Lunatic asylums in Bengal annual reports 1888-1898 - 1888-1898
Year: 1888
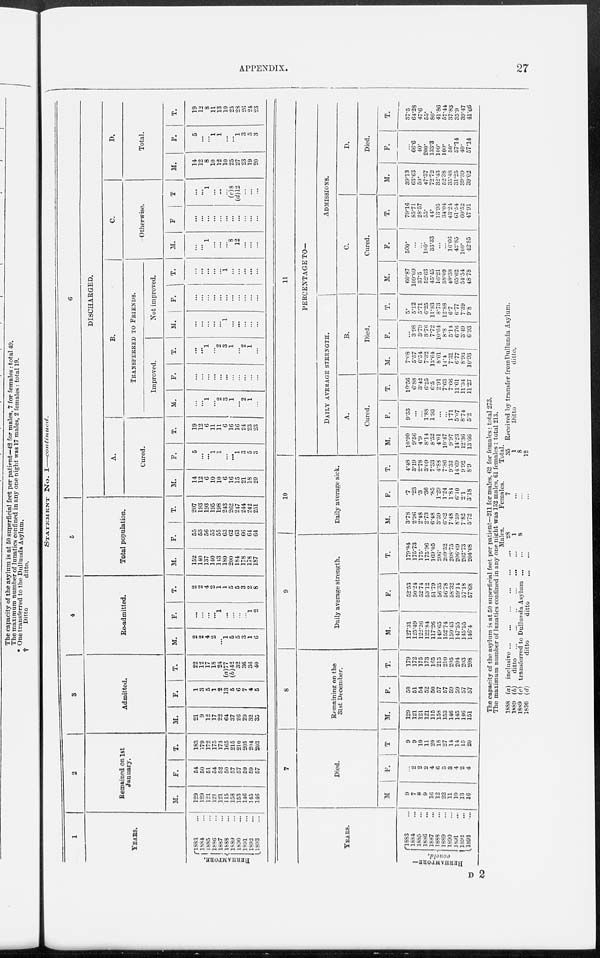
APPENDIX.
27
STATEMENT No. I—continued.
1
YEARS.
BERHAMPORE.
1883 ...
1884 ...
1885 ...
1886 ...
1887 ...
1888 ...
1889 ...
1890 ...
1891 ...
1892 ...
1893 ...
2
Remained on 1st
January.
M.
129
129
121
121
121
115
158
153
146
145
146
F.
54
50
51
54
52
50
57
57
59
59
57
T.
183
179
172
175
173
165
215
210
205
204
203
3
Admitted.
M.
21
9
12
17
22
64
37
26
29
32
35
F.
1
3
5
1
2
13
5
6
7
4
5
T.
22
12
17
18
24
(a)77
(b)42
32
36
36
40
4
Re-admitted.
M.
2
2
4
2
...
1
5
5
3
1
6
F.
...
...
...
...
1
...
...
...
...
1
2
T.
2
2
4
2
1
1
5
5
3
2
8
5
Total population.
M.
152
140
137
140
143
180
200
184
178
178
187
F.
55
53
56
55
55
63
62
63
66
64
64
T.
207
193
193
195
198
243
262
247
244
242
251
6
DISCHARGED.
A.
Cured.
M.
14
12
6
10
10
6
16
15
21
18
20
F.
5
...
...
1
1
...
...
1
3
5
3
T.
19
12
6
11
11
6
16
16
24
23
23
B.
TRANSFERRED TO FRIENDS.
Improved.
M.
...
...
1
...
2
3
1
...
2
1
...
F.
...
...
...
...
...
...
...
...
...
...
...
T.
...
...
1
...
2
3
1
...
2
1
...
Not improved.
M.
...
...
...
...
...
1
...
...
...
...
...
F.
...
...
...
...
...
...
...
...
...
...
...
T.
...
...
...
...
...
1
...
...
...
...
...
C.
Otherwise.
M.
...
...
1
...
...
...
8
12
...
...
...
F.
...
...
...
...
...
...
...
...
...
...
...
T.
...
...
1
...
...
...
(c)8
(d)12
...
...
...
D.
Total.
M.
14
12
8
10
12
10
25
27
23
19
20
F.
5
...
...
1
1
...
...
1
3
5
3
T.
19
12
8
11
13
10
25
28
26
24
23
YEARS.
BERHAMPORE—
concld.
1883 ...
1884 ...
1885 ...
1886 ...
1887 ...
1888 ...
1889 ...
1890 ...
1891 ...
1892 ...
1893 ...
7
Died.
M
9
7
8
9
16
12
22
11
10
13
16
F.
...
2
2
2
4
6
5
3
4
2
4
T.
9
9
10
11
20
18
27
14
14
15
20
8
Remaining on the
31st December.
M.
129
121
121
121
115
158
153
146
145
146
151
F.
50
51
54
52
50
57
57
59
59
57
57
T.
179
172
175
173
165
215
210
205
204
203
208
9
Daily average strength.
M.
127.31
125.49
122.26
122.84
117.26
149.65
152.74
150.43
147.55
145.55
146.4
F.
52.53
50.24
52.74
53.12
51.79
56.35
56.78
58.32
59.14
57.18
57.68
T.
179.84
175.73
175.
175.96
169.05
206.
209.52
208.75
206.69
202.73
204.08
10
Daily average sick.
M.
3.78
2.96
2.48
2.73
6.48
3.59
6.62
7.48
8.59
7.82
5.72
F.
.7
.23
.3
.36
.85
1.29
1.24
l.84
6.10
2.1
3.18
T.
4.48
3.19
2.78
3.09
7.33
4.88
7.86
9.32
14.69
9.92
8.9
11
PERCENTAGE TO—
DAILY AVERAGE STRENGTH.
A.
Cured.
M.
10.99
9.56
4.9
8.14
8.52
4.01
10.47
9.97
14.23
12.36
13.66
F.
9.53
...
...
1.88
1.93
...
...
1.71
5.07
8.74
5.2
T.
10.56
6.88
3.42
6.25
6.5
2.91
7.63
7.66
11.61
11.34
11.27
B.
Died.
M.
7.08
5.57
6.54
7.32
13.64
8.01
14.4
7.31
6.77
8.93
10.93
F.
...
3.98
3.79
3.76
7.72
10.64
8.8
5.14
6.76
3.49
6.93
T.
5.
5.12
5.71
6.25
11.83
8.73
12.88
6.7
6.77
7.39
9.8
ADMISSIONS.
C.
Cured.
M.
60.87
109.09
37.5
52.63
45.45
16.21
38.09
48.38
65.02
54.54
48.78
F.
500.
...
...
100.
33.33
...
...
16.66
42.85
100. 42.85
T.
79.16
85.71
28.57
55.
44.
13.95
34.04
43.24
61.54
60.52
47.91
D.
Died.
M.
39.13
63.63
50.
47.37
72.72
32.43
52.38
35.48
31.25
39.39
39.02
F.
...
66.6
40.
200.
133.3
100.
100.
50.
57.14
40.
57.14
T.
37.5
64.28
47.6
55.
80.
41.86
57.44
37.83
35.9
39.47
41.66
The capacity of the asylum is at 50 superficial feet per patient—211 for males, 62 for females : total 273.
The maximum number of lunatics confined in any one night was 152 males, 61 females : total 213.
1888
1889
1889
1890
(a)
(b)
(c)
(d)
inclusive
...
...
...
...
...
...
ditto
...
...
...
...
...
...
transferred to Dullunda Asylum ... ...
ditto
ditto
...
...
Males.
28
1
8
...
Females.
7
...
...
...
Total.
35
1
8
12
Received by transfer from Dullunda Asylum.
Ditto
ditto.
D 2